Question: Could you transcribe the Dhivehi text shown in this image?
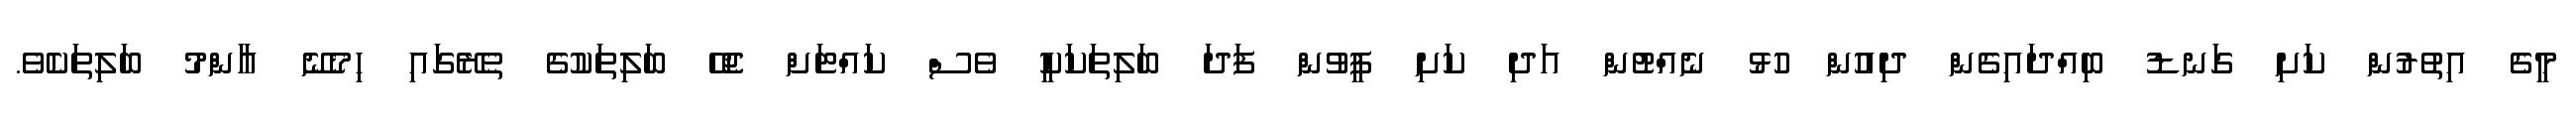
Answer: މީގެ އިތުރުން ކަށި ގަނޑު ބިއްދައިގެން ދިއުން ހުޅު ނެއްޓުން އަދި ކަށި ފީވުން ފަދަ ބަލިތަކަކީ ވެސް ކައްޓަށް ޖެހޭ ބަލިތަކުގެ ތެރޭގައި ހިމެނޭ ޢާންމު ބަލިތަކެވެ.